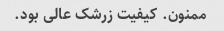
ممنون. کیفیت زرشک عالی بود.